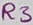
Text: R3